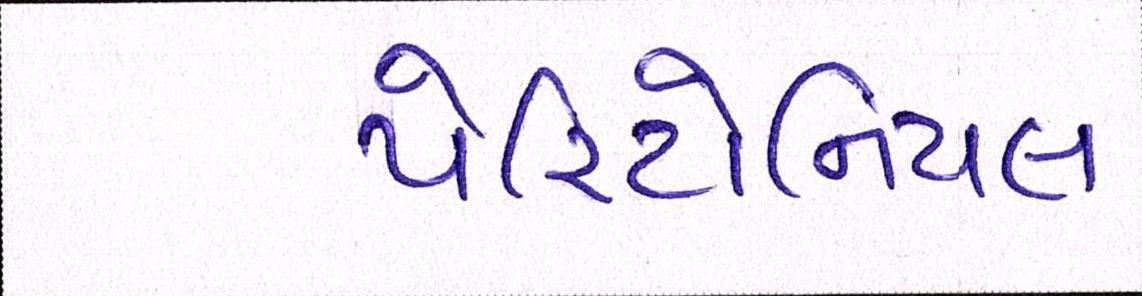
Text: પેરિટોનિયલ